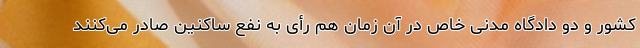
کشور و دو دادگاه مدنی خاص در آن زمان هم رأی به نفع ساکنین صادر می‌کنند